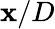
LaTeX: \mathbf{x}/D